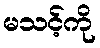
မသင့်ကို